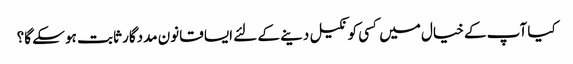
کیا آپ کے خیال میں کسی کو نکیل دینے کے لئے ایسا قانون مددگار ثابت ہو سکے گا؟